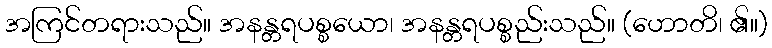
အကြင်တရားသည်။ အနန္တရပစ္စယော၊ အနန္တရပစ္စည်းသည်။ (ဟောတိ၊ ၏။)